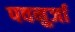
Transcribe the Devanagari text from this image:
पवनुर्जा